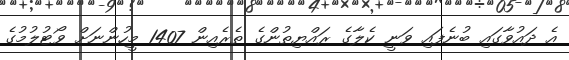
އެ ދައުވާގައި ބުނެފައި ވަނީ ކެލާގެ ރައްޔިތުންގެ ތެރެއިން 1407 މީހުންނަށް ވޯޓުލުމުގެ